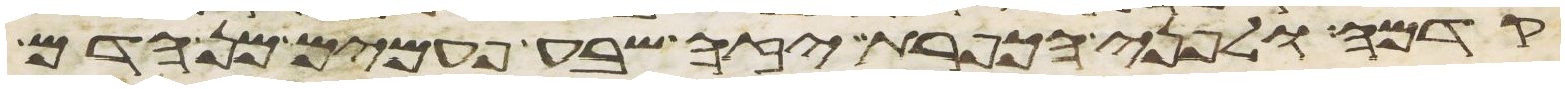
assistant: קדמה ולפני הכפרת יזה שבע פעמים מן הדם